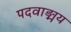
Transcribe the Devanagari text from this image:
पदवाङ्मय